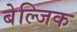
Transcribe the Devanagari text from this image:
बेल्जिक